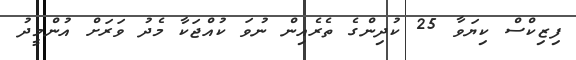
ފިޒިކްސް ކިޔަވާ 25 ކުދިންގެ ތެރެއިން ނުވަ ކުއްޖަކާ މެދު ވަރަށް އުންމީދު